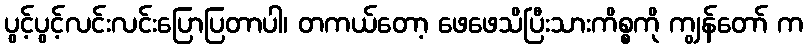
ပွင့်ပွင့်လင်းလင်းပြောပြတာပါ၊ တကယ်တော့ ဖေဖေသိပြီးသားကိစ္စကို ကျွန်တော် က